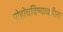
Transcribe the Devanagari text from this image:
पोहोंचविण्याकरिता